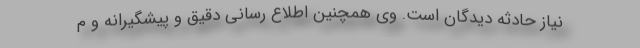
نیاز حادثه دیدگان است. وی همچنین اطلاع رسانی دقیق و پیشگیرانه و م